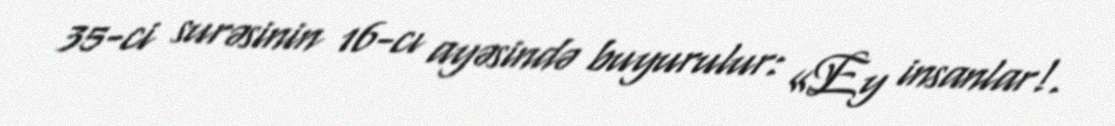
35-ci surəsinin 16-cı ayəsində buyurulur: «Ey insanlar!.